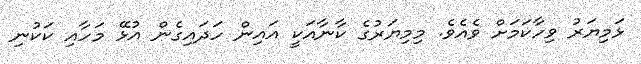
ޅަމިޔަރު ވިހާކަމަށް ވެއެވެ. މިމިޔަރުގެ ކާނާއަކީ އައިން ހަދައިގެން އުޅޭ މަހާއި ކަކުނި